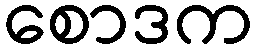
စောဒက